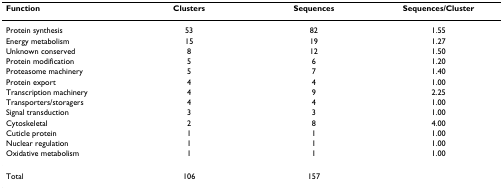
<table><thead><tr><td><b>Function</b></td><td><b>Clusters</b></td><td><b>Sequences</b></td><td><b>Sequences/Cluster</b></td></tr></thead><tbody><tr><td>Protein synthesis</td><td>53</td><td>82</td><td>1.55</td></tr><tr><td>Energy metabolism</td><td>15</td><td>19</td><td>1.27</td></tr><tr><td>Unknown conserved</td><td>8</td><td>12</td><td>1.50</td></tr><tr><td>Protein modification</td><td>5</td><td>6</td><td>1.20</td></tr><tr><td>Proteasome machinery</td><td>5</td><td>7</td><td>1.40</td></tr><tr><td>Protein export</td><td>4</td><td>4</td><td>1.00</td></tr><tr><td>Transcription machinery</td><td>4</td><td>9</td><td>2.25</td></tr><tr><td>Transporters/storagers</td><td>4</td><td>4</td><td>1.00</td></tr><tr><td>Signal transduction</td><td>3</td><td>3</td><td>1.00</td></tr><tr><td>Cytoskeletal</td><td>2</td><td>8</td><td>4.00</td></tr><tr><td>Cuticle protein</td><td>1</td><td>1</td><td>1.00</td></tr><tr><td>Nuclear regulation</td><td>1</td><td>1</td><td>1.00</td></tr><tr><td>Oxidative metabolism</td><td>1</td><td>1</td><td>1.00</td></tr><tr><td>Total</td><td>106</td><td>157</td><td></td></tr></tbody></table>